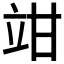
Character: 𥩩